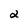
Character: 2